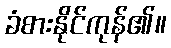
ခံစားနိုင်ကုန်၏။